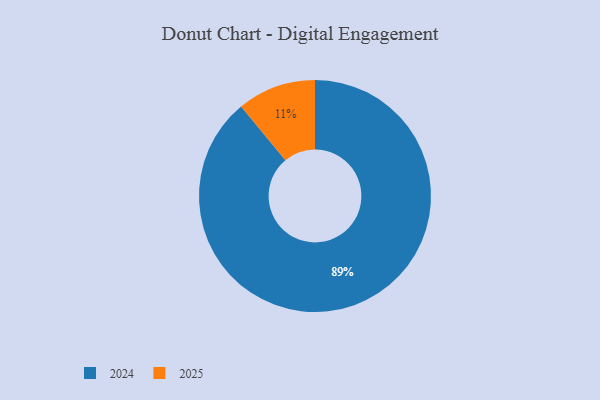
{"axis": {"x": "Category", "y": "Percentage"}, "legend": ["2024", "2025"], "data": [{"x": "2024", "y": 89, "type": "2024"}, {"x": "2025", "y": 11, "type": "2025"}]}